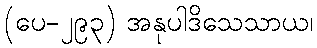
(ပေ-၂၉၃) အနုပါဒိသေသာယ၊